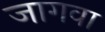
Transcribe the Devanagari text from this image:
जागवा